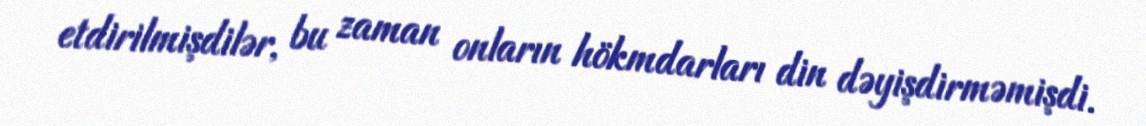
etdirilmişdilər, bu zaman onların hökmdarları din dəyişdirməmişdi.